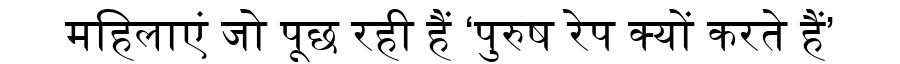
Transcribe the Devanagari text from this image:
महिलाएं जो पूछ रही हैं ‘पुरुष रेप क्यों करते हैं’